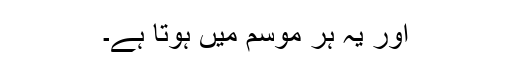
اور یہ ہر موسم میں ہوتا ہے۔